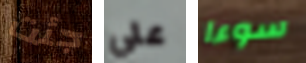
جئت علي سوءا